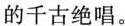
的千古绝唱。